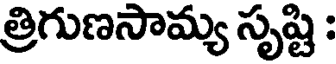
త్రిగుణసామ్య సృష్టి :